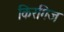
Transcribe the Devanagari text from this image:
किरगिज